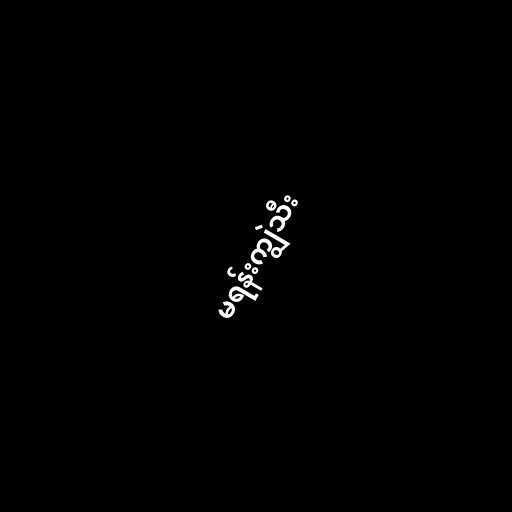
မရန်းကျွဲသီး